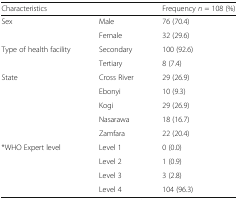
<table><thead><tr><td colspan="2"><b>Characteristics</b></td><td><b>Frequency <i>n</i> = 108 (%)</b></td></tr></thead><tbody><tr><td rowspan="2">Sex</td><td>Male</td><td>76 (70.4)</td></tr><tr><td>Female</td><td>32 (29.6)</td></tr><tr><td rowspan="2">Type of health facility</td><td>Secondary</td><td>100 (92.6)</td></tr><tr><td>Tertiary</td><td>8 (7.4)</td></tr><tr><td rowspan="5">State</td><td>Cross River</td><td>29 (26.9)</td></tr><tr><td>Ebonyi</td><td>10 (9.3)</td></tr><tr><td>Kogi</td><td>29 (26.9)</td></tr><tr><td>Nasarawa</td><td>18 (16.7)</td></tr><tr><td>Zamfara</td><td>22 (20.4)</td></tr><tr><td rowspan="4">*WHO Expert level</td><td>Level 1</td><td>0 (0.0)</td></tr><tr><td>Level 2</td><td>1 (0.9)</td></tr><tr><td>Level 3</td><td>3 (2.8)</td></tr><tr><td>Level 4</td><td>104 (96.3)</td></tr></tbody></table>